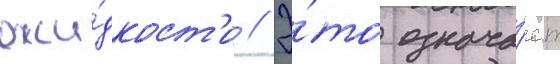
жи́дкост'и // Э́то означа́ет